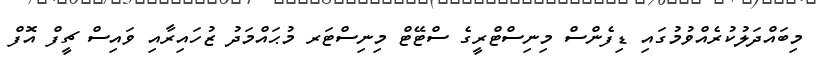
މިބައްދަލުކުރެއްވުމުގައި ޑިފެންސް މިނިސްޓްރީގެ ސްޓޭޓް މިނިސްޓަރ މުޙައްމަދު ޒުހައިރާއި ވައިސް ޗީފް އޮފް